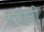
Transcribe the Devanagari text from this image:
नंधिनी